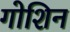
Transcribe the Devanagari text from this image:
गोशिन